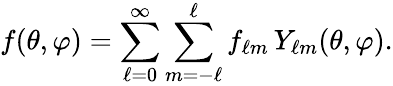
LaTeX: f(\theta,\varphi)=\sum_{\ell=0}^{\infty}\sum_{m=-\ell}^{\ell}f_{\ell m}\, Y_{\ell m}(\theta,\varphi).